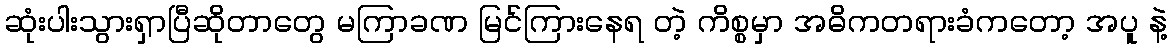
ဆုံးပါးသွားရှာပြီဆိုတာတွေ မကြာခဏ မြင်ကြားနေရ တဲ့ ကိစ္စမှာ အဓိကတရားခံကတော့ အပူ နဲ့